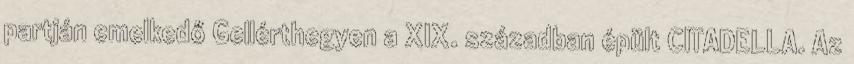
partján emelkedő Gellérthegyen a XIX. században épült CITADELLA. Az